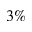
3 \%